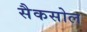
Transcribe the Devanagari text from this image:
सैकसोल